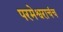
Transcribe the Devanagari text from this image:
परमेश्वराचंच